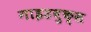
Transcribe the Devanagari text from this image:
गाइडबुक्स